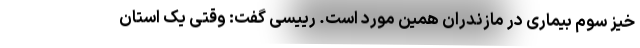
خیز سوم بیماری در مازندران همین مورد است. رییسی گفت: وقتی یک استان